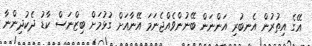
އޭގެ އިތުރުން އެނބުރި އަންނަން ބޭނުންވެއްޖެނަމަ އޭނާއަށް ގުޅުމަށް ބިޒްނަސް ކާޑު ދެކުދިންނާ